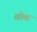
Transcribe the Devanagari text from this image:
खोक